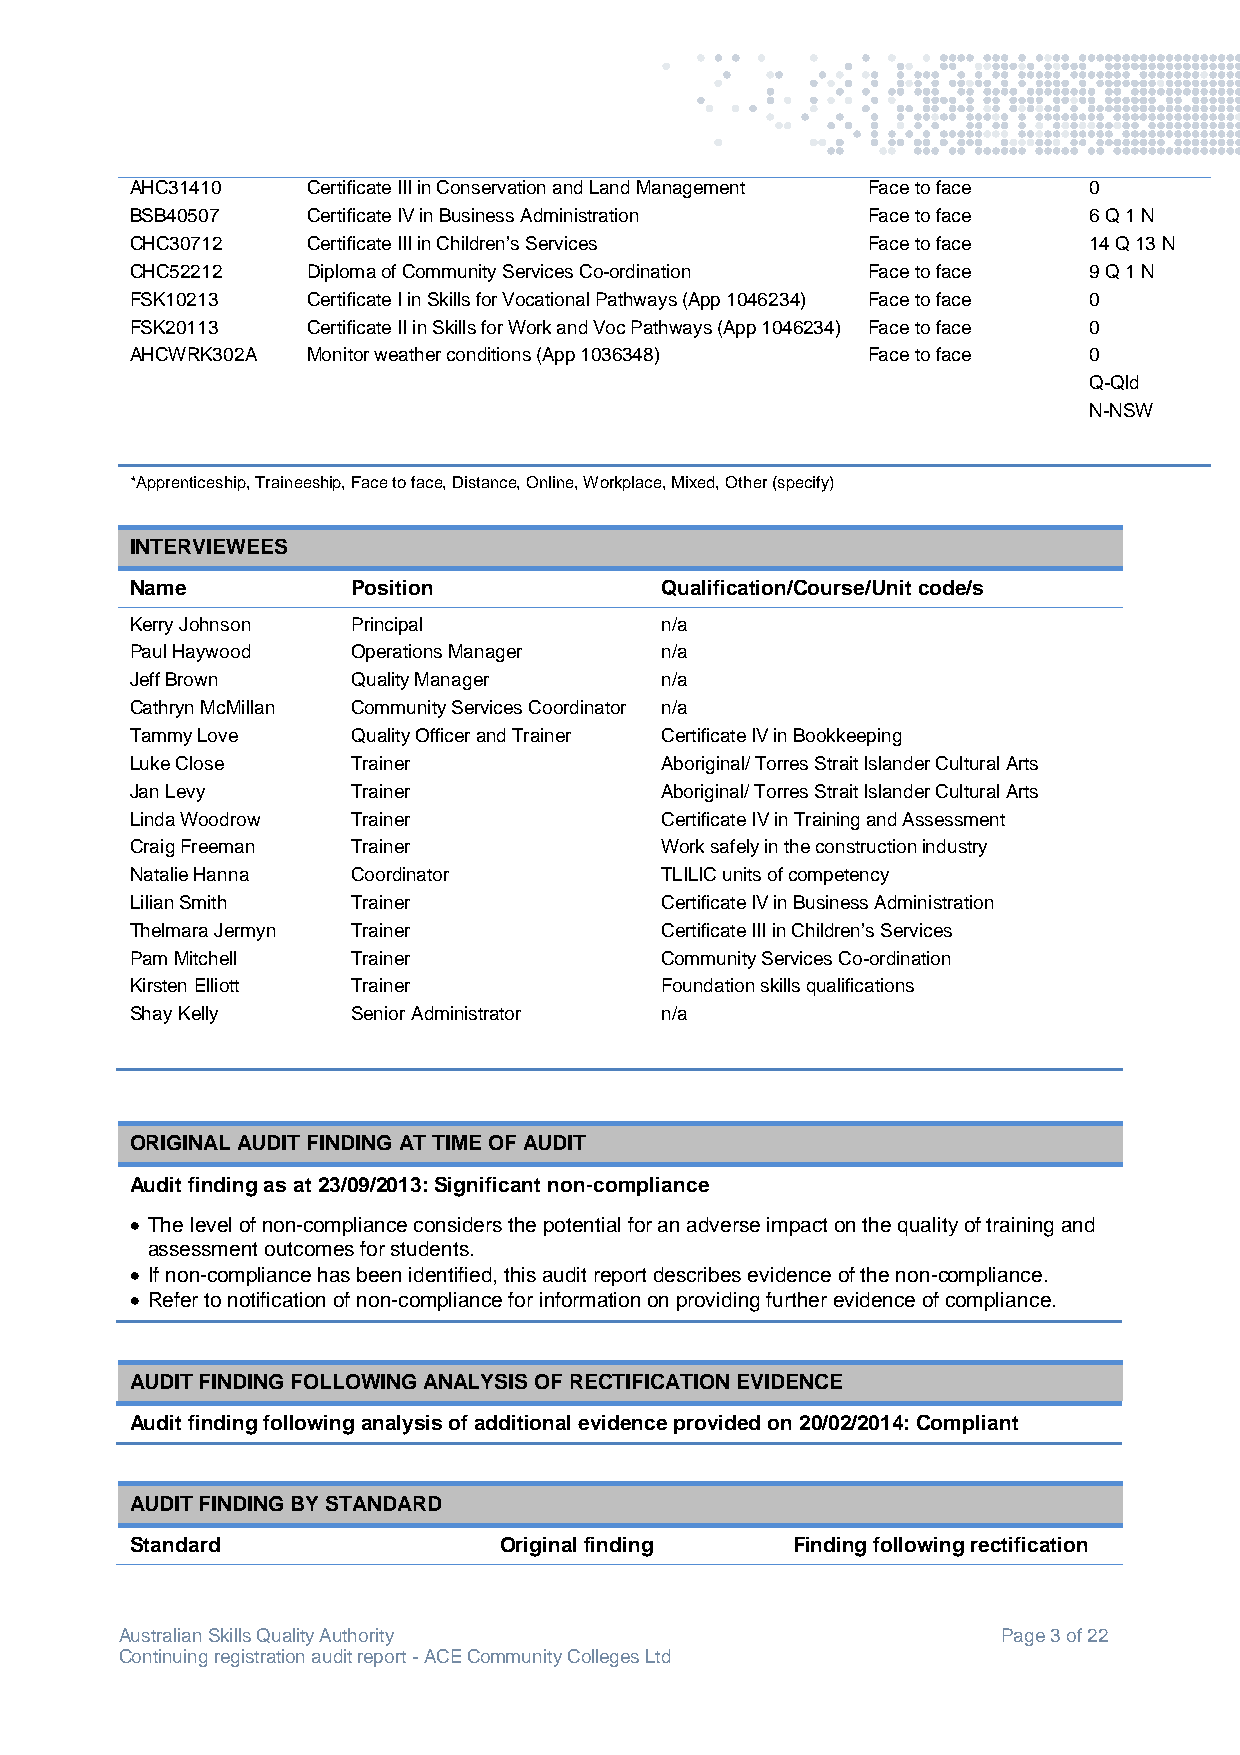
AHC31410   Certificate III in Conservation and Land Management Face to face 0
 BSB40507   Certificate IV in Business Administration Face to face 6 Q 1 N
 CHC30712   Certificate III in Children’s Services Face to face 14 Q 13 N
 CHC52212   Diploma of Community Services Co-ordination Face to face 9 Q 1 N
 FSK10213   Certificate I in Skills for Vocational Pathways (App 1046234) Face to face 0
 FSK20113   Certificate II in Skills for Work and Voc Pathways (App 1046234) Face to face 0
 AHCWRK302A Monitor weather conditions (App 1036348) Face to face 0
 Q-Qld
 N-NSW
 *Apprenticeship, Traineeship, Face to face, Distance, Online, Workplace, Mixed, Other (specify)
 INTERVIEWEES
 Name          Position             Qualification/Course/Unit code/s
 Kerry Johnson Principal            n/a
 Paul Haywood  Operations Manager   n/a
 Jeff Brown    Quality Manager      n/a
 Cathryn McMillan Community Services Coordinator n/a
 Tammy Love    Quality Officer and Trainer Certificate IV in Bookkeeping
 Luke Close    Trainer              Aboriginal/ Torres Strait Islander Cultural Arts
 Jan Levy      Trainer              Aboriginal/ Torres Strait Islander Cultural Arts
 Linda Woodrow Trainer              Certificate IV in Training and Assessment
 Craig Freeman Trainer              Work safely in the construction industry
 Natalie Hanna Coordinator          TLILIC units of competency
 Lilian Smith  Trainer              Certificate IV in Business Administration
 Thelmara Jermyn Trainer            Certificate III in Children’s Services
 Pam Mitchell  Trainer              Community Services Co-ordination
 Kirsten Elliott Trainer            Foundation skills qualifications
 Shay Kelly    Senior Administrator n/a
 ORIGINAL AUDIT FINDING AT TIME OF AUDIT
 Audit finding as at 23/09/2013: Significant non-compliance
  The level of non-compliance considers the potential for an adverse impact on the quality of training and
 assessment outcomes for students.
  If non-compliance has been identified, this audit report describes evidence of the non-compliance.
  Refer to notification of non-compliance for information on providing further evidence of compliance.
 AUDIT FINDING FOLLOWING ANALYSIS OF RECTIFICATION EVIDENCE
 Audit finding following analysis of additional evidence provided on 20/02/2014: Compliant
 AUDIT FINDING BY STANDARD
 Standard                Original finding   Finding following rectification
 Australian Skills Quality Authority                       Page 3 of 22
 Continuing registration audit report - ACE Community Colleges Ltd